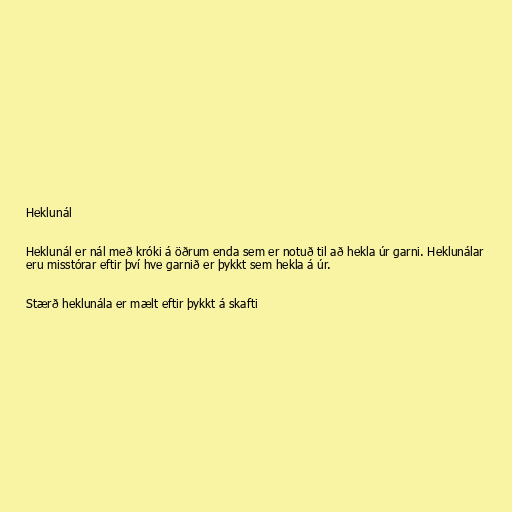
Heklunál

Heklunál er nál með króki á öðrum enda sem er notuð til að hekla úr garni. Heklunálar
eru misstórar eftir því hve garnið er þykkt sem hekla á úr.

Stærð heklunála er mælt eftir þykkt á skafti